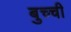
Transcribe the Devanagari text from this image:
बुच्ची